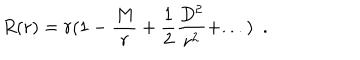
LaTeX: R ( r ) = r ( 1 - { \frac { M } { r } } + \frac { 1 } { 2 } { \frac { D ^ { 2 } } { r ^ { 2 } } } + . . . ) ~ ~ .